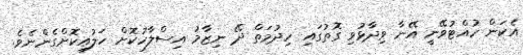
އެކަން ހުއްޓުވޭނީ އޭނާ ވިދާޅުވި ގޮތުގައި ހިދުމަތް ދޭ ނިޒާމު އިސްލާހުކޮށް ހަލުއިކޮށްގެންނެވެ.